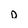
Character: D